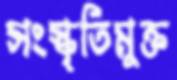
সংস্কৃতিমুক্ত